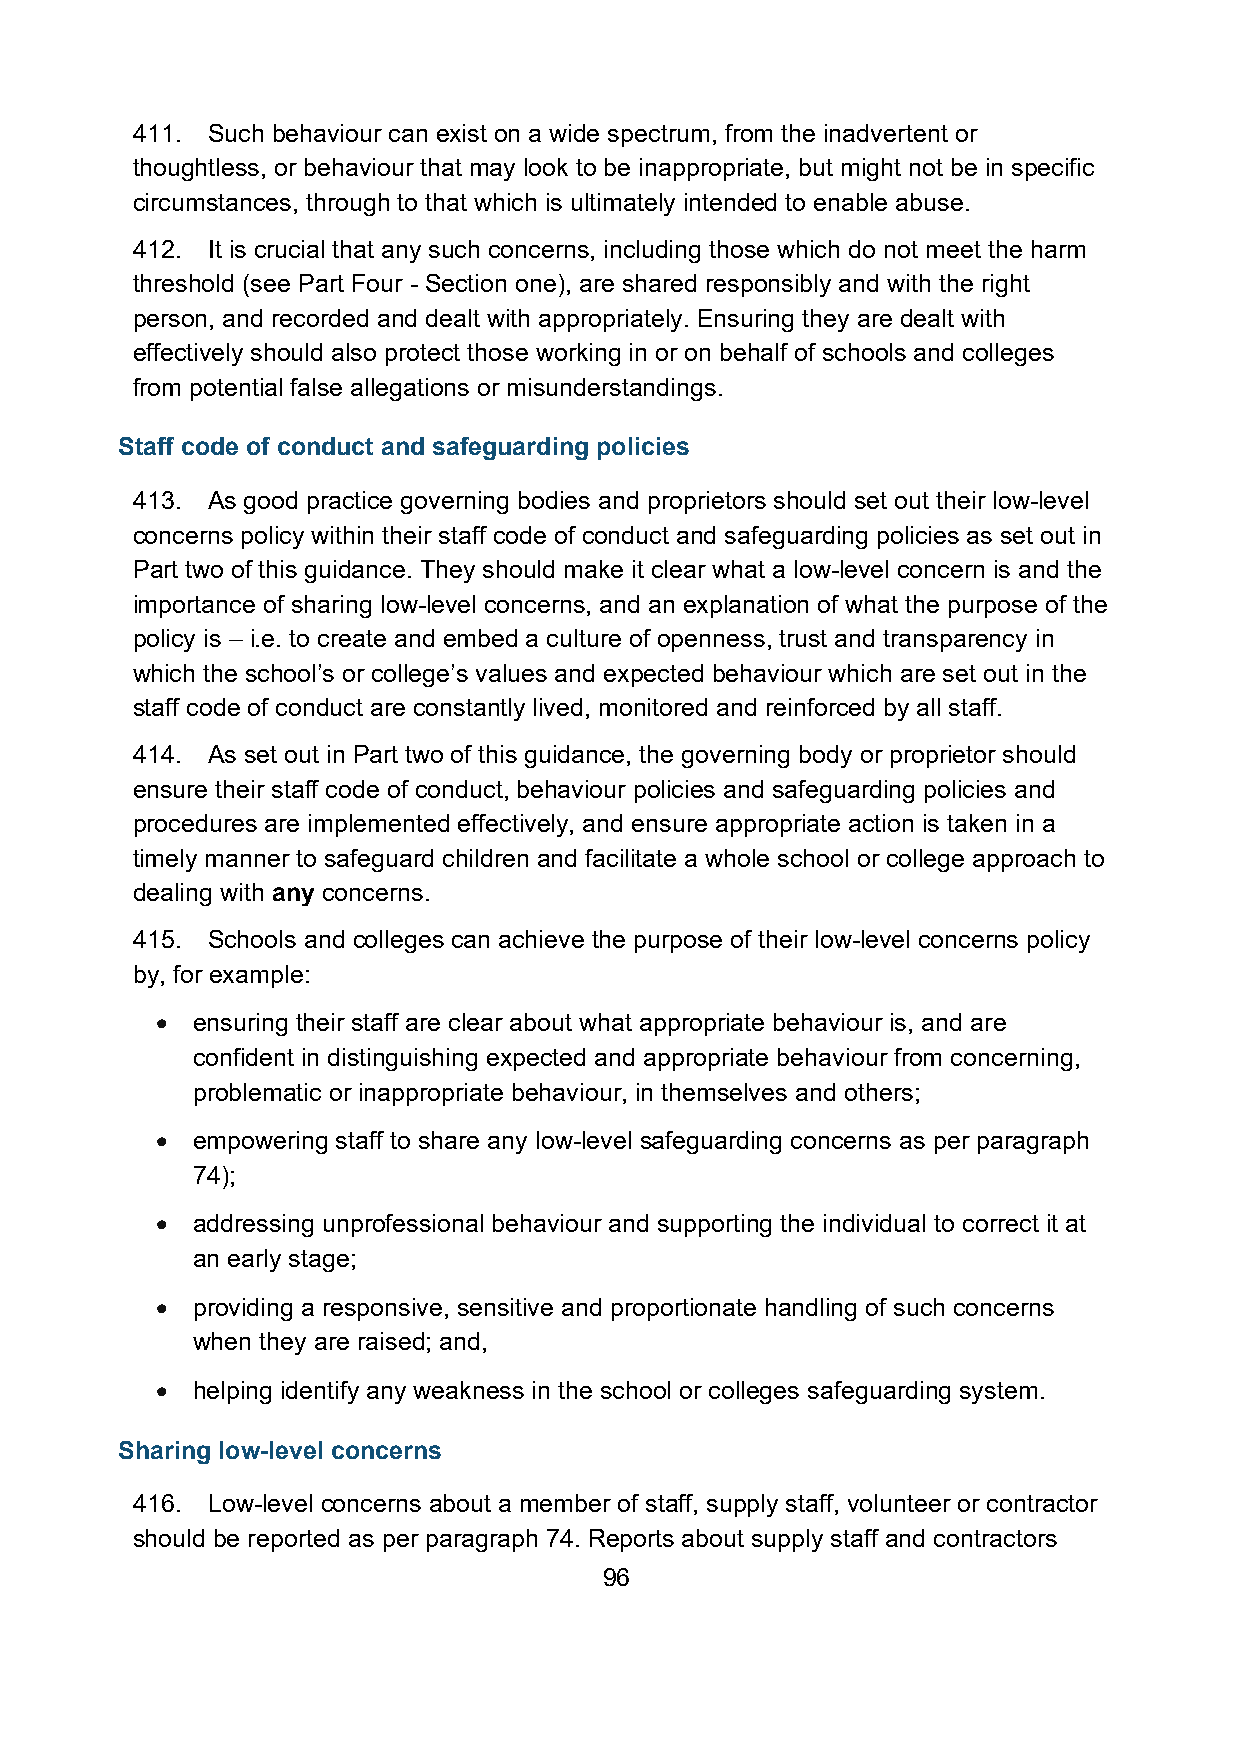
411. Such behaviour can exist on a wide spectrum, from the inadvertent or
 thoughtless, or behaviour that may look to be inappropriate, but might not be in specific
 circumstances, through to that which is ultimately intended to enable abuse.
 412. It is crucial that any such concerns, including those which do not meet the harm
 threshold (see Part Four - Section one), are shared responsibly and with the right
 person, and recorded and dealt with appropriately. Ensuring they are dealt with
 effectively should also protect those working in or on behalf of schools and colleges
 from potential false allegations or misunderstandings.
 Staff code of conduct and safeguarding policies
 413. As good practice governing bodies and proprietors should set out their low-level
 concerns policy within their staff code of conduct and safeguarding policies as set out in
 Part two of this guidance. They should make it clear what a low-level concern is and the
 importance of sharing low-level concerns, and an explanation of what the purpose of the
 policy is – i.e. to create and embed a culture of openness, trust and transparency in
 which the school’s or college’s values and expected behaviour which are set out in the
 staff code of conduct are constantly lived, monitored and reinforced by all staff.
 414. As set out in Part two of this guidance, the governing body or proprietor should
 ensure their staff code of conduct, behaviour policies and safeguarding policies and
 procedures are implemented effectively, and ensure appropriate action is taken in a
 timely manner to safeguard children and facilitate a whole school or college approach to
 dealing with any concerns.
 415. Schools and colleges can achieve the purpose of their low-level concerns policy
 by, for example:
 •  ensuring their staff are clear about what appropriate behaviour is, and are
 confident in distinguishing expected and appropriate behaviour from concerning,
 problematic or inappropriate behaviour, in themselves and others;
 •  empowering staff to share any low-level safeguarding concerns as per paragraph
 74);
 •  addressing unprofessional behaviour and supporting the individual to correct it at
 an early stage;
 •  providing a responsive, sensitive and proportionate handling of such concerns
 when they are raised; and,
 •  helping identify any weakness in the school or colleges safeguarding system.
 Sharing low-level concerns
 416. Low-level concerns about a member of staff, supply staff, volunteer or contractor
 should be reported as per paragraph 74. Reports about supply staff and contractors
 96